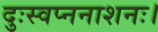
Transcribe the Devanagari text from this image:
दुःस्वप्ननाशनः।